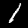
Label: 1